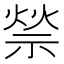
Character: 𥚡